Vital statistics of India. Vol. V, Reports of 1876 on armies & jails and on epidemic cholera
Year: 1876
Disease focus: Cholera
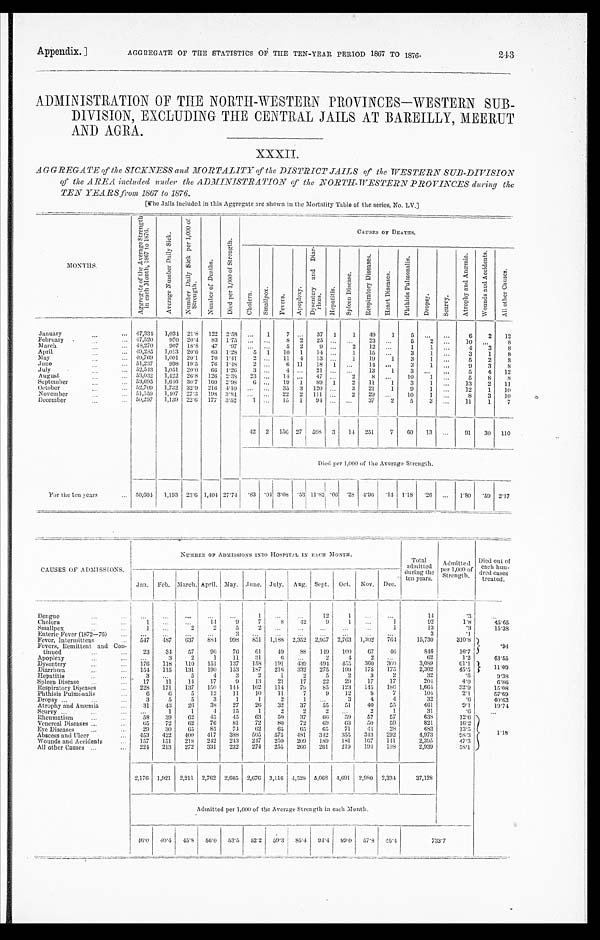
Appendix. ]
AGGREGATE OF THE STATISTICS OF THE TEN-YEAR PERIOD 1867 TO 1876.
243
ADMINISTRATION OF THE NORTH-WESTERN PROVINCES-WESTERN SUB-
DIVISION EXCLUDING THE CENTRAL JAILS AT BAREILLY, MEERUT
AND AGRA.
XXXII.
AGGREGATE of the SICKNESS and MORTALITY of the DISTRICT JAILS of the WESTERN SUB-DIVISION
of the AREA included under the ADMINISTRATION of the NORTH-WESTERN PROVINCES during the
TEN YEARS from 1867 to 1876.
[ T h e J a i l s i n c l u d e d i n t h i s A g g r e g a t e a r e s h o w n i n t h e Mo r t a l i t y T a b l e o f t h e s e r i e s , N o . L V . ]
M O N T H S .
A g r e g a t e o f t h e A v e r a g e S t r e n g t h i n e a c h M o n t h , 1 8 6 7 t o 1 8 7 6 .
A v e r a g e N u m b e r D a i l y S i c k .
N u m b e r D a i l y S i c k p e r 1 , 0 0 0 o f S t r e n g t h .
N u m b e r o f D e a t h s .
D i e d p e r 1 , 0 0 0 o f S t r e n g t h .
C A U S E S O F D E A T H S .
C h o l e r a .
S m a l l p o x .
F e v e r s . A p o p l e x y .
D y s e n t e r y a n d D i a r - r h œ a .
H e p a t i t i s .
S p l e e n D i s e a s e .
R e s p i r a t o r y D i s e a s e s .
H e a r t D i s e a s e s .
P h t h i s i s P u l m o n a l i s .
D r o p s y .
S c u r v y .
A t r o p h y a n d A n æ m i a .
W o u n d s a n d A c c i d e n t s .
A l l o t h e r C a u s e s .
January
4 7 , 3 3 4
1 , 0 3 4
2 1 · 8
1 2 2
2 · 5 8 . . .
. . .
7 . . .
3 7
1
1
4 9
1
5
. . .
. . .
6
2
1 2
February
4 7 , 5 2 0
9 7 0
2 0 · 4
8 3 1 · 7 5
. . .
1
8 2
2 5 . . . . . .
2 3
. . .
5
2 . . .
1 0
. . .
8
March
4 8 , 2 7 0
9 0 7
1 8 · 8
4 7
· 9 7
. . .
. . .
5 2
9 . . . 2
1 2
. . .
1 1
. . .
4
3
8
April
4 9 , 2 8 5
1 , 0 1 3
2 0 · 6
6 3 1 · 2 8
5 . . .
1 0
1
1 4 . . .
1
1 5 . . .
3
1 . . .
3
1
8
May
4 9 , 7 6 9
1 , 0 0 1
2 0 · 1
7 0 1 · 4 1
2 . . .
1 1
4
1 3 . . .
1
1 9
1
3
1 . . .
5
2
8
June
5 1 , 2 3 7
9 9 8
1 9 · 5
7 6 1 · 4 8
2 . . .
6 1 1
1 8
1 . . .
1 4
. . .
3
1 . . .
9
3
8
July
5 2 , 5 4 3
1 , 0 5 1
2 0 · 0
6 6
1 · 2 6
3 . . .
4 . . .
2 1 . . .
. . .
1 3
1
3 . . .
. . .
5
4
1 2
August
5 3 , 0 3 2
1 , 4 2 2
2 6 · 8
1 2 6
2 · 3 8
2 3 . . .
1 4 . . .
4 7 . . .
2
8 . . .
1 0 1
. . .
5
8
8
September
5 3 , 6 9 5
1 , 6 4 6
3 0 · 7
1 6 0
2 · 9 8
6 . . .
1 9
1
8 9
1
2
1 1
1
3
1 . . .
1 3
2
1 1
October
5 2 , 7 0 9
1 , 7 3 2
3 2 · 9
2 1 6
4 · 1 0
. . .
. . .
3 5
3 1 2 0 . . .
3
2 1
1
9 1
. . .
1 2
1
1 0
November
5 1 , 5 5 9
1 , 4 0 7
2 7 · 3
1 9 8
3 · 8 4
. . .
. . .
2 2
2 1 1 1 . . .
2
2 9 . . .
1 0
1 . . .
8
3
1 0
December
5 0 , 2 9 7
1 , 1 3 9
2 2 · 6
1 7 7
3 · 5 2
1 . . .
1 5
1
9 4 . . .
. . .
3 7
2
5
3 . . .
1 1
1
7
4 2
2 1 5 6
2 7
5 9 8
3
1 4
2 5 1
7
6 0
1 3 . . .
9 1
3 0
1 1 0
Died per 1,000 of the Average Strength.
For the ten years
5 0 , 6 0 4
1 , 1 9 3
2 3 · 6
1 , 4 0 4
2 7 · 7 4
· 8 3
· 0 4 3 · 0 8
· 5 3
1 1 · 8 2
· 0 6
· 2 8
4 · 9 6
· 1 4
1 · 1 8
· 2 6
. . .
1 · 8 0
· 5 9
2 · 1 7
CAUSES OF ADMISSIONS.
NUMBER OF ADMISSIONS INTO HOSPITAL IN EACH MONTH.
Total
admitted
during the
ten years.
A d m i t t e d p e r 1 , 0 0 0 o f S t r e n g t h .
D i e d o u t o f e a c h h u n - d r e d c a s e s t r e a t e d .
Jan. Feb. March. April. May.
J u n e .
July.
A u g .
S e p t .
O c t .
Nov.
D e c .
Dengue
. . .
. . .
. . .
. . .
. . .
1
. . .
. . .
12
1 . . .
. . . 14
·3
. . .
Cholera
1
. . .
. . .
14
9
7
8
4 2
9
1
. . .
1
92
1·8
45·65
Smallpox
1
. . .
2
2
5
2
. . .
. . . . . .
. . . . . .
1
13
· 3
15·38
Enteric Fever (1872–76)
...
...
...
...
3 ...
...
...
. . .
. . . . . .
. . .
3
· 1
Fever, Intermittent
547
4 8 7
637 884 998 851 1,188 2,352 2,957 2,763 1,302 764
15,730
310·8
· 9 4
Fevers, Remittent and Con-
tinued
23
34
57
96
76
61
49
88 149 100
67
46
846
16·7
Apoplexy
. . .
3
2
1
11
31
6
...
2
4
2
. . .
6 2
1 · 2 43·55
Dysentery
176 118 110 151 137 158 191 439 494 455 360
3 0 0
3,089
61·1
1 1 · 0 9
Diarrhœa
154 115 131 190 153 187 216 332 275 199 175 175
2,302
45·5
Hepatitis
3 . . .
5
4
3
2
1
2
5
2
3
2
3 2 · 6 9·38
Spleen Disease
17
11
14
17
9
13
21
17
22
29
17
17
2 0 4
4 · 0
6·86
Respiratory Diseases
228 171 137 150 144 102 114
79 85 123 145 186
1,664
32·9
15·08
Phthisis Pulmonalis
6
6
5
12
11
10
11
7
9
12
8
7
104
2·1
57·69
Dropsy
3
5
5
3
1
1
2
1
. . .
3
4
4
3 2
· 6
40·63
Atrophy and Anæmia
31
43
26
38
27
26 32
37
55
51
40
55
4 6 1
9·1
19·74
Scurvy
. . .
1
1
4
15
1
2
2
2
. . .
2
1
3 1 ·6
. . .
Rheumatism
58
39
62
45
45
63
50
37
66 59
57
57
638
12·6
1·18
Venereal Diseases
65
72
62
76
81
72
80
72
69
63
50
59
821
16·2
Eye Diseases
29
30
65 85
74
6 2
65
65
65
71
4 4 2 8
6 8 3
1 3 · 5
Abscess and Ulcer
453 422 400 417 388 505 575 481 342 355 343 292
4,973
9 8 · 3
Wounds and Accidents
157 151
218 242 243 247 250 209 189 181 167 141
2,395
4 7 · 3
All other Causes
224 213 272 331 232 274 255 266 261 219 194 198
2,939
58·1
2,176 1,921 2,211 2,762 2,665 2,676 3,116 4,528 5,068 4,691 2,980 2,334
37,128
Admitted per 1,000 of the Average Strength in each Month.
46·0
4 0 · 4
45·8 56·0 53·5 52·2 59·3 85·4 94·4
8 9 · 0
57·8 46·4
733·7